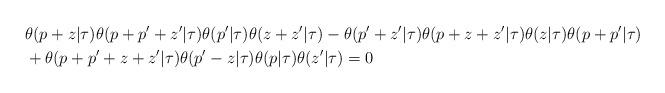
LaTeX: \begin{align*}& \theta(p+z|\tau)\theta(p+p'+z'|\tau)\theta(p'|\tau)\theta(z+z'|\tau)-\theta(p'+z'|\tau)\theta(p+z+z'|\tau)\theta(z|\tau)\theta(p+p'|\tau)\\ & +\theta(p+p'+z+z'|\tau)\theta(p'-z|\tau)\theta(p|\tau)\theta(z'|\tau)=0\end{align*}